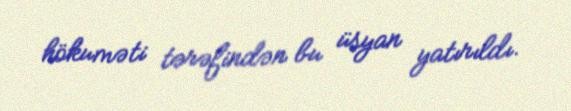
hökuməti tərəfindən bu üsyan yatırıldı.